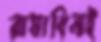
রামাধিনই